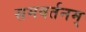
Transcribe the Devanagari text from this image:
समवर्तनम्